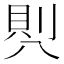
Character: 𭁒